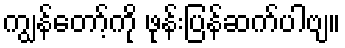
ကျွန်တော့်ကို ဖုန်းပြန်ဆက်ပါဗျ။